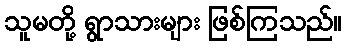
သူမတို့ ရွာသားများ ဖြစ်ကြသည်။